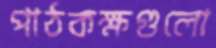
পাঠকক্ষগুলো